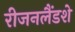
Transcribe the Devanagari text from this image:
रीजनलैंडशे